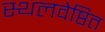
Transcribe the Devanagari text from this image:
स्थलवेष्ठित